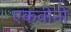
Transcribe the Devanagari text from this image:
एकवीनी